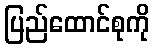
ပြည်ထောင်စုကို